Madras plague regulations and rules for the inspection of inward and outward bound vessels - Volume 2
Disease focus: Plague
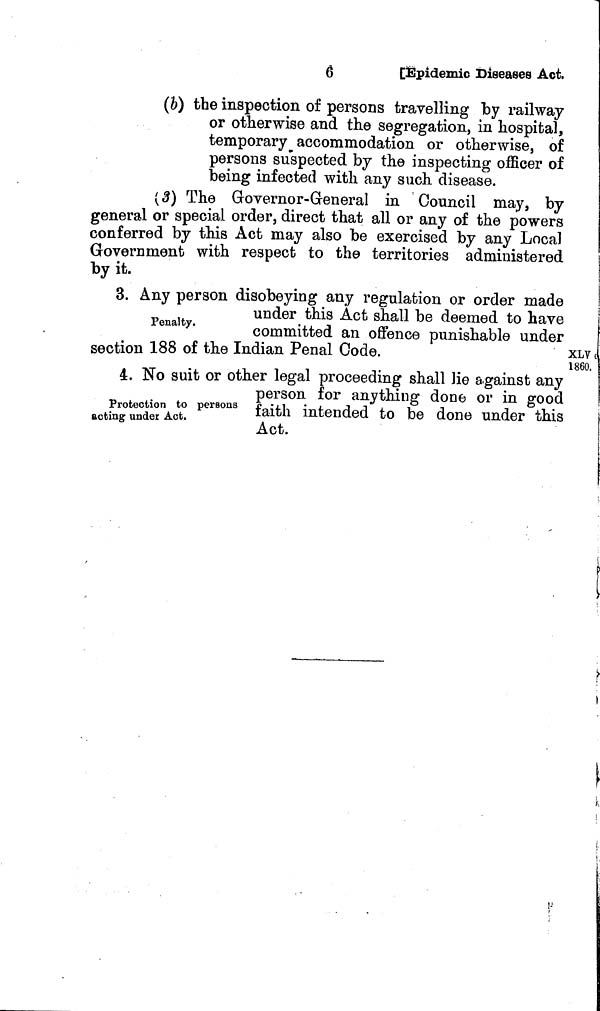
6
[Epidemic Diseases Act.
(b) the inspection of persons travelling by railway
or otherwise and the segregation, in hospital,
temporary accommodation or otherwise, of
persons suspected by the inspecting officer of
being infected with any such disease.
(3) The Governor-General in Council may, by
general or special order, direct that all or any of the powers
conferred by this Act may also be exercised by any Local
Government with respect to the territories administered
by it.
3. Any person disobeying any regulation or order made
Penalty.
under this Act shall be deemed to have
committed an offence punishable under
section 188 of the Indian Penal Code.
XLV
1860.
Protection to persons
acting under Act.
4. No suit or other legal proceeding shall lie against any
person for anything done or in good
faith intended to be done under this
Act.